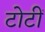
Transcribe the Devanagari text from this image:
टोटीं